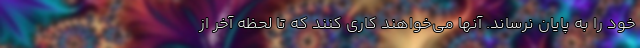
خود را به پایان نرساند. آنها می‌خواهند کاری کنند که تا لحظه آخر از